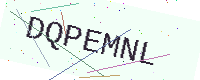
Text: DQPEMNL